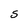
Character: s